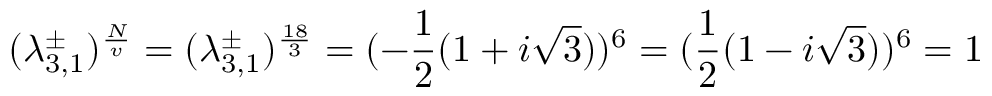
( \lambda _ { 3 , 1 } ^ { \pm } ) ^ { \frac { N } { v } } = ( \lambda _ { 3 , 1 } ^ { \pm } ) ^ { \frac { 1 8 } { 3 } } = ( - \frac { 1 } { 2 } ( 1 + i \sqrt { 3 } ) ) ^ { 6 } = ( \frac { 1 } { 2 } ( 1 - i \sqrt { 3 } ) ) ^ { 6 } = 1